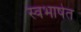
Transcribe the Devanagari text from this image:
स्वभाषेत